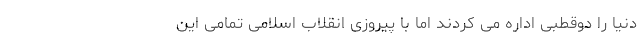
دنیا را دوقطبی اداره می کردند اما با پیروزی انقلاب اسلامی تمامی این